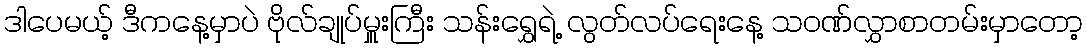
ဒါပေမယ့် ဒီကနေ့မှာပဲ ဗိုလ်ချုပ်မှူးကြီး သန်းရွှေရဲ့ လွတ်လပ်ရေးနေ့ သဝဏ်လွှာစာတမ်းမှာတော့